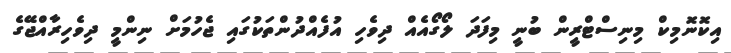
އިކޮނޮމިކް މިނިސްޓްރީން ބުނީ މިފަދަ ލޯގޯއެއް ދިވެހި އުފެއްދުންތަކުގައި ޖެހުމަށް ނިންމީ ދިވެހިރާއްޖޭގެ